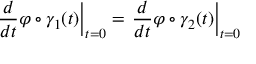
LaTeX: \left. { \frac { d } { d t } } \varphi \circ \gamma _ { 1 } ( t ) \right| _ { t = 0 } = \left. { \frac { d } { d t } } \varphi \circ \gamma _ { 2 } ( t ) \right| _ { t = 0 }